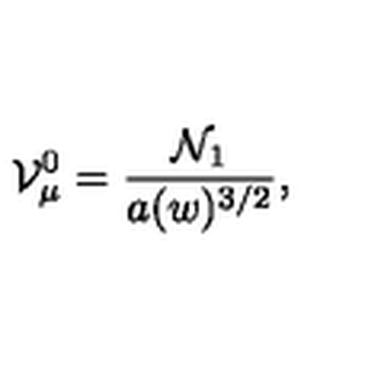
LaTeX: { \cal V } _ { \mu } ^ { 0 } = \frac { { \cal N } _ { 1 } } { a ( w ) ^ { 3 / 2 } } ,